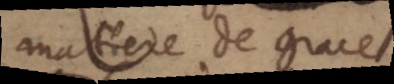
matiere de grace.